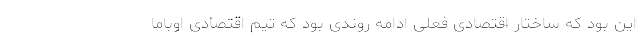
این بود که ساختار اقتصادی فعلی ادامه روندی بود که تیم اقتصادی اوباما